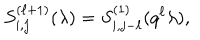
LaTeX: S _ { i , j } ^ { ( \ell + 1 ) } ( \lambda ) = S _ { i , j - \ell } ^ { ( 1 ) } ( q ^ { \ell } \lambda ) ,